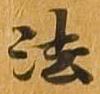
法